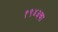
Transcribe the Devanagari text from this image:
१९४३चा